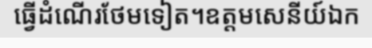
ធ្វើដំណើរថែមទៀត។ឧត្តមសេនីយ៍ឯក